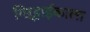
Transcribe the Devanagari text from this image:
गिऱ्हाईकाला